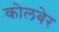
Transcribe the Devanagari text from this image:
कोलबेर